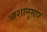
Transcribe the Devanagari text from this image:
आशानुसार